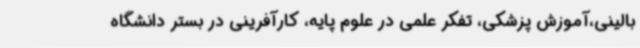
بالینی،آموزش پزشکی، تفکر علمی در علوم پایه، کارآفرینی در بستر دانشگاه